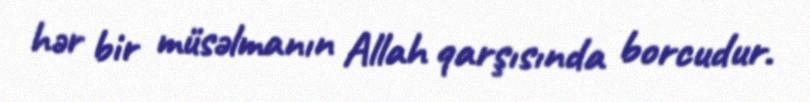
hər bir müsəlmanın Allah qarşısında borcudur.